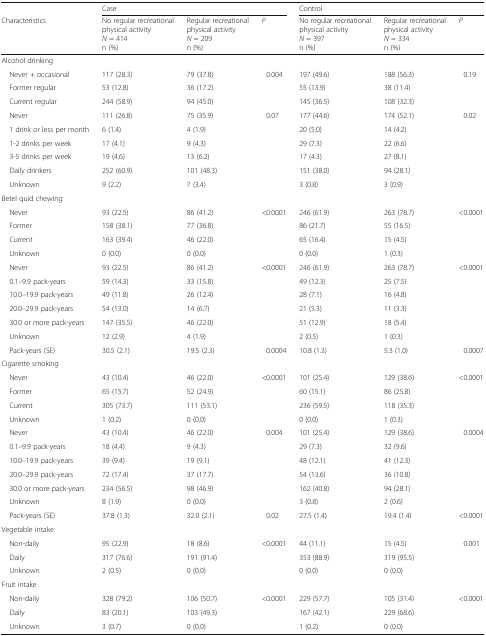
<table><thead><tr><td></td><td colspan="3"><b>Case</b></td><td colspan="3"><b>Control</b></td></tr><tr><td><b>Characteristics</b></td><td><b>No regular recreational physical activity<i>N</i> = 414n (%)</b></td><td><b>Regular recreational physical activity<i>N</i> = 209n (%)</b></td><td><b><i>P</i></b></td><td><b>No regular recreational physical activity<i>N</i> = 397n (%)</b></td><td><b>Regular recreational physical activity<i>N</i> = 334n (%)</b></td><td><b><i>P</i></b></td></tr></thead><tbody><tr><td colspan="7">Alcohol drinking</td></tr><tr><td> Never + occasional</td><td>117 (28.3)</td><td>79 (37.8)</td><td>0.004</td><td>197 (49.6)</td><td>188 (56.3)</td><td>0.19</td></tr><tr><td> Former regular</td><td>53 (12.8)</td><td>36 (17.2)</td><td></td><td>55 (13.9)</td><td>38 (11.4)</td><td></td></tr><tr><td> Current regular</td><td>244 (58.9)</td><td>94 (45.0)</td><td></td><td>145 (36.5)</td><td>108 (32.3)</td><td></td></tr><tr><td> Never</td><td>111 (26.8)</td><td>75 (35.9)</td><td>0.07</td><td>177 (44.6)</td><td>174 (52.1)</td><td>0.02</td></tr><tr><td> 1 drink or less per month</td><td>6 (1.4)</td><td>4 (1.9)</td><td></td><td>20 (5.0)</td><td>14 (4.2)</td><td></td></tr><tr><td> 1-2 drinks per week</td><td>17 (4.1)</td><td>9 (4.3)</td><td></td><td>29 (7.3)</td><td>22 (6.6)</td><td></td></tr><tr><td> 3-5 drinks per week</td><td>19 (4.6)</td><td>13 (6.2)</td><td></td><td>17 (4.3)</td><td>27 (8.1)</td><td></td></tr><tr><td> Daily drinkers</td><td>252 (60.9)</td><td>101 (48.3)</td><td></td><td>151 (38.0)</td><td>94 (28.1)</td><td></td></tr><tr><td> Unknown</td><td>9 (2.2)</td><td>7 (3.4)</td><td></td><td>3 (0.8)</td><td>3 (0.9)</td><td></td></tr><tr><td colspan="7">Betel quid chewing</td></tr><tr><td> Never</td><td>93 (22.5)</td><td>86 (41.2)</td><td>&lt;0.0001</td><td>246 (61.9)</td><td>263 (78.7)</td><td>&lt;0.0001</td></tr><tr><td> Former</td><td>158 (38.1)</td><td>77 (36.8)</td><td></td><td>86 (21.7)</td><td>55 (16.5)</td><td></td></tr><tr><td> Current</td><td>163 (39.4)</td><td>46 (22.0)</td><td></td><td>65 (16.4)</td><td>15 (4.5)</td><td></td></tr><tr><td> Unknown</td><td>0 (0.0)</td><td>0 (0.0)</td><td></td><td>0 (0.0)</td><td>1 (0.3)</td><td></td></tr><tr><td> Never</td><td>93 (22.5)</td><td>86 (41.2)</td><td>&lt;0.0001</td><td>246 (61.9)</td><td>263 (78.7)</td><td>&lt;0.0001</td></tr><tr><td> 0.1–9.9 pack-years</td><td>59 (14.3)</td><td>33 (15.8)</td><td></td><td>49 (12.3)</td><td>25 (7.5)</td><td></td></tr><tr><td> 10.0–19.9 pack-years</td><td>49 (11.8)</td><td>26 (12.4)</td><td></td><td>28 (7.1)</td><td>16 (4.8)</td><td></td></tr><tr><td> 20.0–29.9 pack-years</td><td>54 (13.0)</td><td>14 (6.7)</td><td></td><td>21 (5.3)</td><td>11 (3.3)</td><td></td></tr><tr><td> 30.0 or more pack-years</td><td>147 (35.5)</td><td>46 (22.0)</td><td></td><td>51 (12.9)</td><td>18 (5.4)</td><td></td></tr><tr><td> Unknown</td><td>12 (2.9)</td><td>4 (1.9)</td><td></td><td>2 (0.5)</td><td>1 (0.3)</td><td></td></tr><tr><td> Pack-years (SE)</td><td>30.5 (2.1)</td><td>19.5 (2.3)</td><td>0.0004</td><td>10.8 (1.3)</td><td>5.3 (1.0)</td><td>0.0007</td></tr><tr><td colspan="7">Cigarette smoking</td></tr><tr><td> Never</td><td>43 (10.4)</td><td>46 (22.0)</td><td>&lt;0.0001</td><td>101 (25.4)</td><td>129 (38.6)</td><td>&lt;0.0001</td></tr><tr><td> Former</td><td>65 (15.7)</td><td>52 (24.9)</td><td></td><td>60 (15.1)</td><td>86 (25.8)</td><td></td></tr><tr><td> Current</td><td>305 (73.7)</td><td>111 (53.1)</td><td></td><td>236 (59.5)</td><td>118 (35.3)</td><td></td></tr><tr><td> Unknown</td><td>1 (0.2)</td><td>0 (0.0)</td><td></td><td>0 (0.0)</td><td>1 (0.3)</td><td></td></tr><tr><td> Never</td><td>43 (10.4)</td><td>46 (22.0)</td><td>0.004</td><td>101 (25.4)</td><td>129 (38.6)</td><td>0.0004</td></tr><tr><td> 0.1–9.9 pack-years</td><td>18 (4.4)</td><td>9 (4.3)</td><td></td><td>29 (7.3)</td><td>32 (9.6)</td><td></td></tr><tr><td> 10.0–19.9 pack-years</td><td>39 (9.4)</td><td>19 (9.1)</td><td></td><td>48 (12.1)</td><td>41 (12.3)</td><td></td></tr><tr><td> 20.0–29.9 pack-years</td><td>72 (17.4)</td><td>37 (17.7)</td><td></td><td>54 (13.6)</td><td>36 (10.8)</td><td></td></tr><tr><td> 30.0 or more pack-years</td><td>234 (56.5)</td><td>98 (46.9)</td><td></td><td>162 (40.8)</td><td>94 (28.1)</td><td></td></tr><tr><td> Unknown</td><td>8 (1.9)</td><td>0 (0.0)</td><td></td><td>3 (0.8)</td><td>2 (0.6)</td><td></td></tr><tr><td> Pack-years (SE)</td><td>37.8 (1.3)</td><td>32.0 (2.1)</td><td>0.02</td><td>27.5 (1.4)</td><td>19.4 (1.4)</td><td>&lt;0.0001</td></tr><tr><td colspan="7">Vegetable intake</td></tr><tr><td> Non-daily</td><td>95 (22.9)</td><td>18 (8.6)</td><td>&lt;0.0001</td><td>44 (11.1)</td><td>15 (4.5)</td><td>0.001</td></tr><tr><td> Daily</td><td>317 (76.6)</td><td>191 (91.4)</td><td></td><td>353 (88.9)</td><td>319 (95.5)</td><td></td></tr><tr><td> Unknown</td><td>2 (0.5)</td><td>0 (0.0)</td><td></td><td>0 (0.0)</td><td>0 (0.0)</td><td></td></tr><tr><td colspan="7">Fruit intake</td></tr><tr><td> Non-daily</td><td>328 (79.2)</td><td>106 (50.7)</td><td>&lt;0.0001</td><td>229 (57.7)</td><td>105 (31.4)</td><td>&lt;0.0001</td></tr><tr><td> Daily</td><td>83 (20.1)</td><td>103 (49.3)</td><td></td><td>167 (42.1)</td><td>229 (68.6)</td><td></td></tr><tr><td> Unknown</td><td>3 (0.7)</td><td>0 (0.0)</td><td></td><td>1 (0.2)</td><td>0 (0.0)</td><td></td></tr></tbody></table>